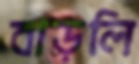
বাড়লি